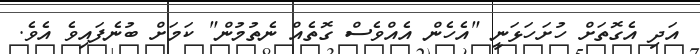
އަދި އެގޮތަށް ހުށަހަޅަނީ "އެހެން އެއްވެސް ގޮތެއް ނެތުމުން" ކަމަށް ބުނެފައިވެ އެވެ.